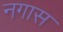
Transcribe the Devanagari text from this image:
नगास